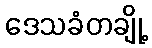
ဒေသခံတချို့